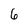
Character: 6